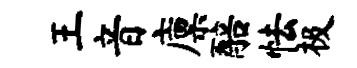
王音廪醅怯极